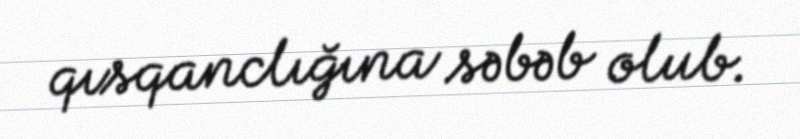
qısqanclığına səbəb olub.